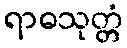
ရာဓသုတ္တံ